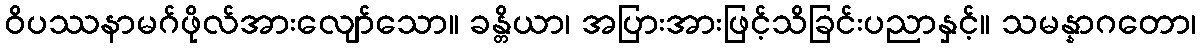
ဝိပဿနာမဂ်ဖိုလ်အားလျော်သော။ ခန္တိယာ၊ အပြားအားဖြင့်သိခြင်းပညာနှင့်။ သမန္နာဂတော၊